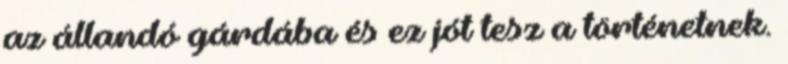
az állandó gárdába és ez jót tesz a történetnek.